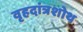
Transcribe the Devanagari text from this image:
वृहदांत्रशोथ